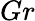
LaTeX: Gr